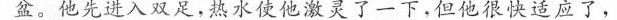
盆。他先进入双足，热水使他激灵了一下，但他很快适应了，